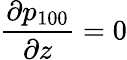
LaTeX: \frac{\partial p_{100}}{\partial z}=0